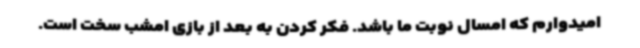
امیدوارم که امسال نوبت ما باشد. فکر کردن به بعد از بازی امشب سخت است.